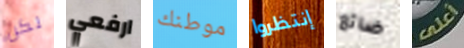
لكن ارفعي موطنك إنتظروا ضائع أعلى